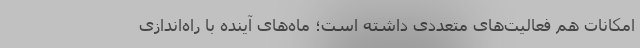
امکانات هم فعالیت‌های متعددی داشته است؛ ماه‌های آینده با راه‌اندازی